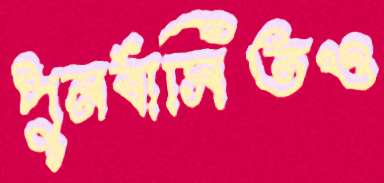
পুনর্বাসিতও